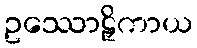
ဥဿောဠှိကာယ